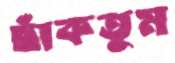
ছাঁকতুম